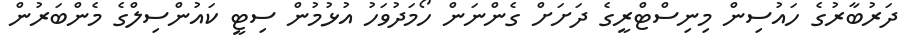
ދަރުބާރުގެ ހައުސިން މިނިސްޓްރީގެ ދަށަށް ގެންނަން ހޯމަދުވަހު އުޅުމުން ސިޓީ ކައުންސިލްގެ މެންބަރުން